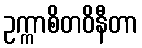
ဥက္ကာစိတဝိနီတာ